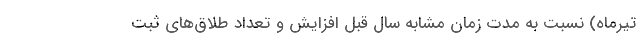
تیرماه) نسبت به مدت زمان مشابه سال قبل افزایش و تعداد طلاق‌های ثبت